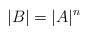
LaTeX: \begin{align*}|B| = |A|^n\end{align*}